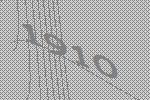
1910